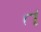
ત